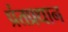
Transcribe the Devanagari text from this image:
प्रंतप्रधान